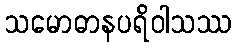
သမောဓာနပရိဝါသဿ